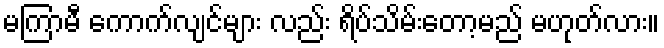
မကြာမီ ကောက်လျင်များ လည်း ရိပ်သိမ်းတော့မည် မဟုတ်လား။